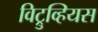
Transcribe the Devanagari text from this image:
विट्रुव्हियस